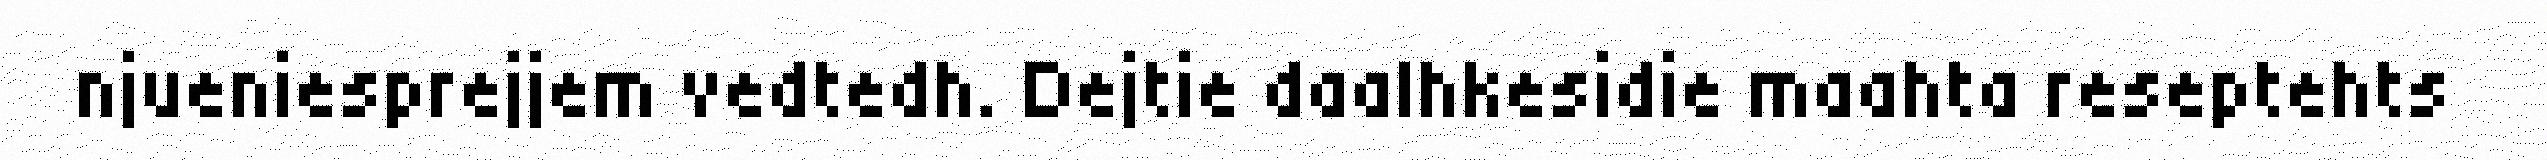
njueniesprejjem vedtedh. Dejtie daalhkesidie maahta reseptehts